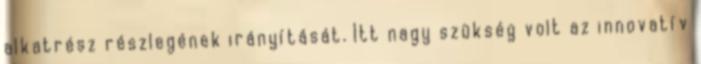
alkatrész részlegének irányítását. Itt nagy szükség volt az innovatív